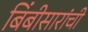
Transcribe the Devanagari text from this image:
बिंबीसारांची